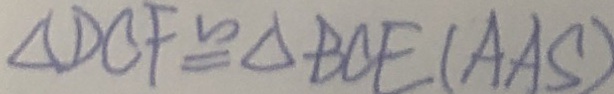
\Delta B C F \cong \Delta B C E ( A A S )